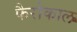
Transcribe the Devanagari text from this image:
फैरोकाल